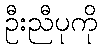
ဦးညီပုကို